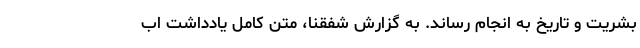
بشریت و تاریخ به انجام رساند. به گزارش شفقنا، متن کامل یادداشت اب